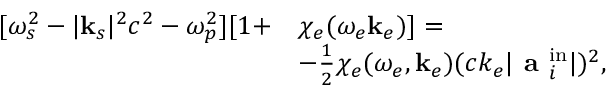
\begin{array} { r } { \begin{array} { r l } { \relax [ \omega _ { s } ^ { 2 } - | \mathbf { k } _ { s } | ^ { 2 } c ^ { 2 } - \omega _ { p } ^ { 2 } ] [ 1 + } & { \chi _ { e } ( \omega _ { e } \mathbf { k } _ { e } ) ] = } \\ & { - \frac { 1 } { 2 } \chi _ { e } ( \omega _ { e } , \mathbf { k } _ { e } ) ( c k _ { e } | \textbf { a } _ { i } ^ { \mathrm { i n } } | ) ^ { 2 } , } \end{array} } \end{array}